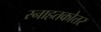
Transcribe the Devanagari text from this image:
स्नाहतकोत्तर